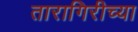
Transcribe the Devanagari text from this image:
तारागिरीच्या